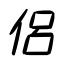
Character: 侶